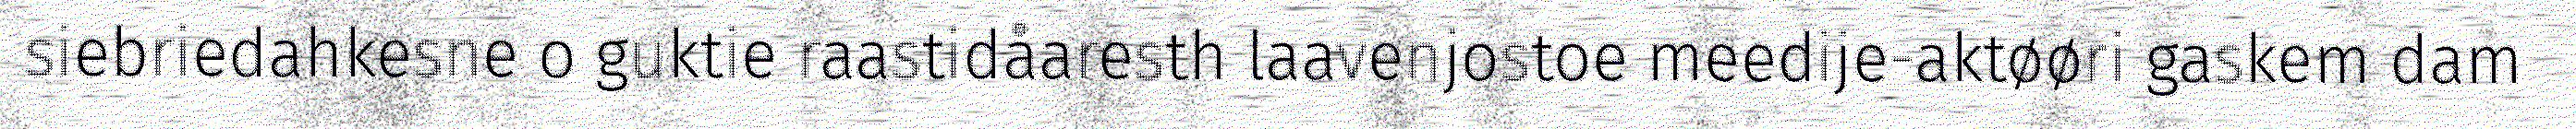
siebriedahkesne o guktie raastidåaresth laavenjostoe meedije-aktøøri gaskem dam